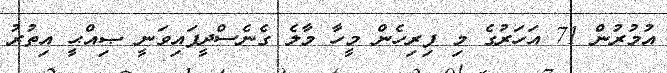
އުމުރުން 71 އަހަރުގެ މި ފިރިހެން މީހާ މާލެ ގެނެސްދީފައިވަނީ ޞިއްޙީ އިތުރު